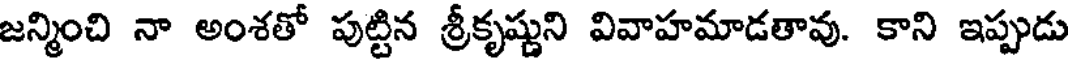
జన్మించి నా అంశతో పుట్టిన శ్రీకృష్ణుని వివాహమాడతావు. కాని ఇప్పుడు